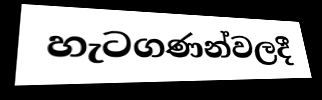
හැටගණන්වලදී